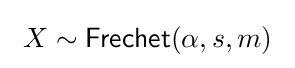
\ X\sim {\textsf {Frechet}}(\alpha ,s,m)\